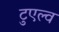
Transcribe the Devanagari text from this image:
टुएल्व